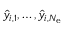
\hat { y } _ { i , 1 } , \ldots , \hat { y } _ { i , { N _ { \mathrm { e } } } }